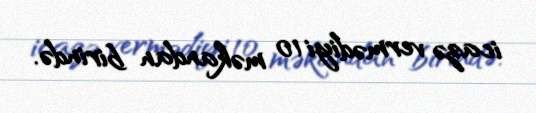
icazə vermədiyi 10 məkandan birində.